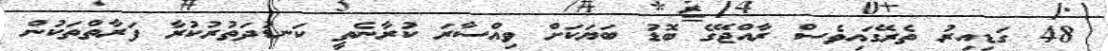
48 ގަޑިއިރު ތެރޭގައިވެސް ރާއްޖޭގެ ބޮޑު ބަޔަކަށް ވިއްސާރަ ކުރާނެތީ ކަނޑުދަތުރުކުރާ ފަރާތްތަކުން